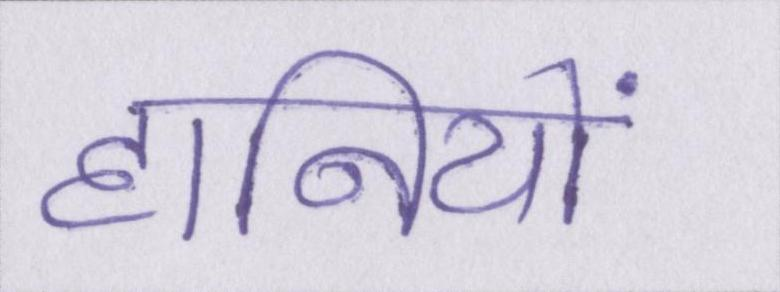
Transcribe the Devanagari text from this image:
हानियों